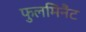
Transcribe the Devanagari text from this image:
फुलमिनैंट